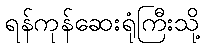
ရန်ကုန်ဆေးရုံကြီးသို့